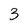
Character: 3